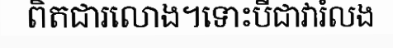
ពិតជារលោង។ទោះបីជាវារំលង